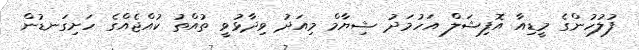
ފުލުހުންގެ މީޑިއާ އޮފިޝަލް އަހުމަދު ޝިޔާމް މިއަދު ވިދާޅުވީ ތުއްތު ކުއްޖެއްގެ ހަށިގަނޑުން